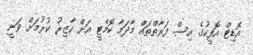
އޮޑިޓް އޮފީހުގެ އިސް ފަރާތްތައް މާދަމާ ކޮމެޓީ އަށް ހާޒިރު ކުރުމަށް ވަނީ